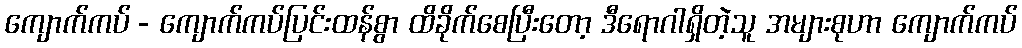
ကျောက်ကပ် - ကျောက်ကပ်ပြင်းထန်စွာ ထိခိုက်စေပြီးတော့ ဒီရောဂါရှိတဲ့သူ အများစုဟာ ကျောက်ကပ်